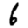
Digit: 6